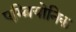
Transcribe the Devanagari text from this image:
एम्ब्रियोनिक